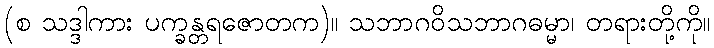
(စ သဒ္ဒါကား ပက္ခန္တရဇောတက)။ သဘာဂဝိသဘာဂဓမ္မာ၊ တရားတို့ကို။